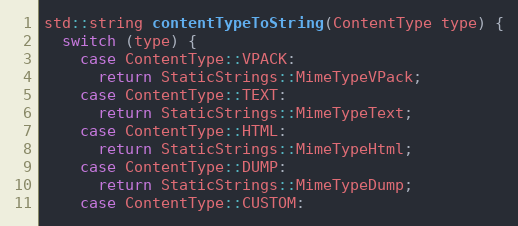
Language: C++
std::string contentTypeToString(ContentType type) {
  switch (type) {
    case ContentType::VPACK:
      return StaticStrings::MimeTypeVPack;
    case ContentType::TEXT:
      return StaticStrings::MimeTypeText;
    case ContentType::HTML:
      return StaticStrings::MimeTypeHtml;
    case ContentType::DUMP:
      return StaticStrings::MimeTypeDump;
    case ContentType::CUSTOM: